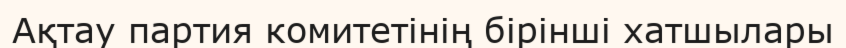
Ақтау партия комитетінің бірінші хатшылары